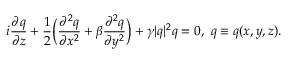
i \frac { \partial q } { \partial z } + \frac { 1 } { 2 } \bigg ( \frac { \partial ^ { 2 } q } { \partial x ^ { 2 } } + \beta \frac { \partial ^ { 2 } q } { \partial y ^ { 2 } } \bigg ) + \gamma \lvert q \rvert ^ { 2 } q = 0 , ~ q \equiv q ( x , y , z ) .